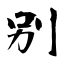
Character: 别